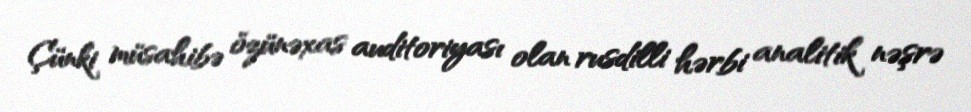
Çünki müsahibə özünəxas auditoriyası olan rusdilli hərbi analitik nəşrə